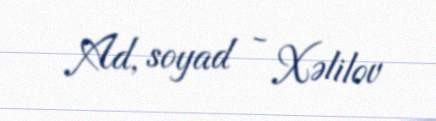
Ad, soyad - Xəlilov